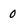
Character: 0